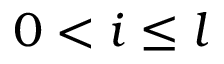
0 < i \leq l